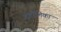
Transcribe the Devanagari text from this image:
प्रणालिका